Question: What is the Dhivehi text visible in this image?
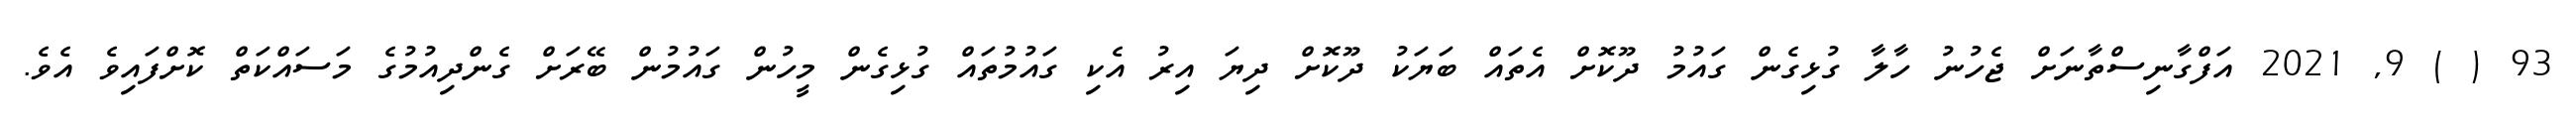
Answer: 93 ( ) 9, 2021 އަފްގާނިސްތާނަށް ޖެހުނު ހާލާ ގުޅިގެން ގައުމު ދޫކޮށް އެތައް ބަޔަކު ދޫކޮށް ދިޔަ އިރު އެކި ގައުމުތައް ގުޅިގެން މީހުން ގައުމުން ބޭރަށް ގެންދިއުމުގެ މަސައްކަތް ކޮށްފައިވެ އެވެ.